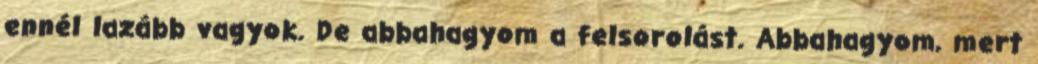
ennél lazább vagyok. De abbahagyom a felsorolást. Abbahagyom, mert